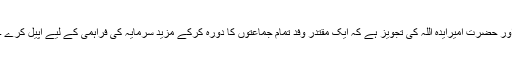
اور حضرت امیرایدہ اللہ کی تجویز ہے کہ ایک مقتدر وفد تمام جماعتوں کا دورہ کرکے مزید سرمایہ کی فراہمی کے لیے اپیل کرے ۔